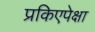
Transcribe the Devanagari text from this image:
प्रकिएपेक्षा